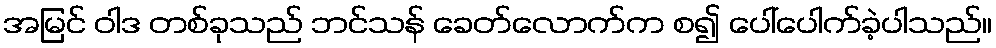
အမြင် ဝါဒ တစ်ခုသည် ဘင်သန် ခေတ်လောက်က စ၍ ပေါ်ပေါက်ခဲ့ပါသည်။